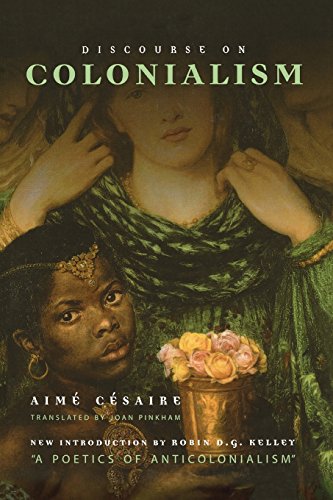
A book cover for Discourse on Colonialism; AimÃ© CÃ©saire; Politics & Social Sciences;